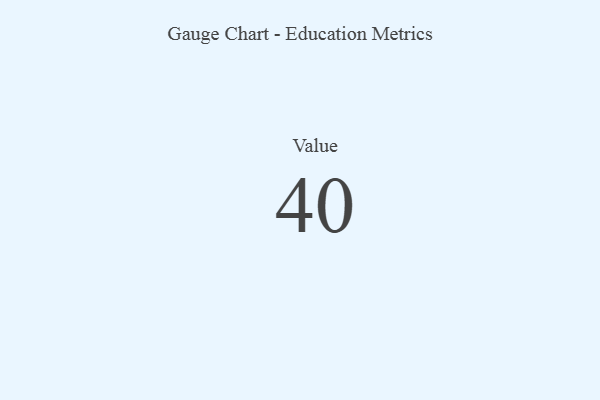
{"axis": {"x": "Metric", "y": "Value"}, "legend": [""], "data": [{"x": "Value", "y": 40, "type": ""}]}